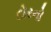
દોરનો